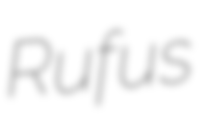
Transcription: Rufus